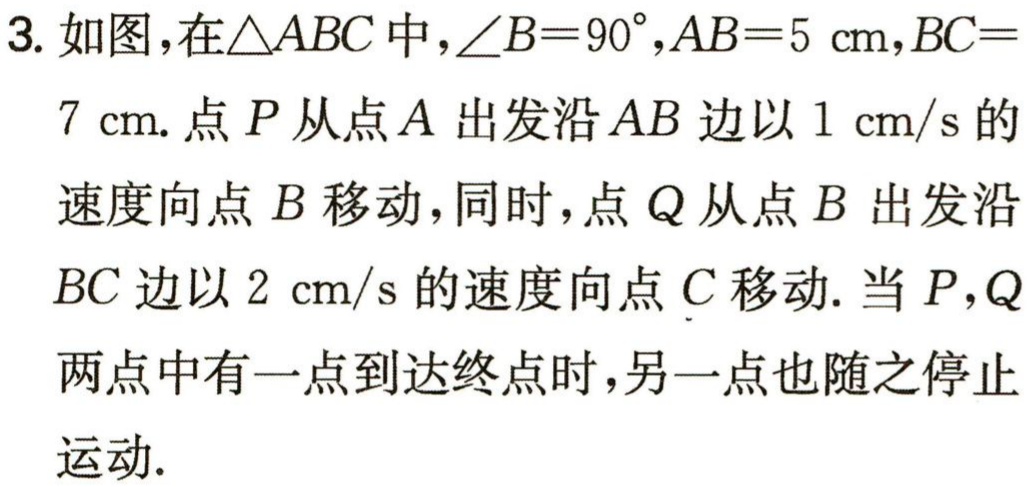
3. 如图，在\(\triangle ABC\)中，\(\angle B = 90^{\circ}\)，\(AB = 5\mathrm{cm}\)，\(BC = 7\mathrm{cm}\). 点\(P\)从点\(A\)出发沿\(AB\)边以\(1\mathrm{cm/s}\)的速度向点\(B\)移动，同时，点\(Q\)从点\(B\)出发沿\(BC\)边以\(2\mathrm{cm/s}\)的速度向点\(C\)移动. 当\(P,Q\)两点中有一点到达终点时，另一点也随之停止运动.